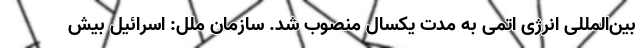
بین‌المللی انرژی اتمی به مدت یکسال منصوب شد. سازمان ملل: اسرائیل بیش